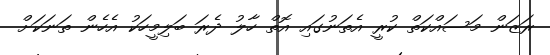
ރަޒަން މަސައްކަތް ކުރީ އެތަނުގައި އޮތް ހާލު ދެރަ ބަލިމީހަކު އެހެން ތަނަކަށް